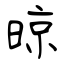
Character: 晾